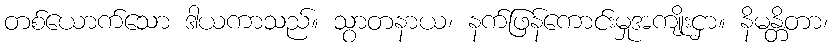
တစ်ယောက်သော ဒါယကာသည်။ သွာတနာယ၊ နက်ဖြန်ကောင်းမှုအကျိုးငှာ။ နိမန္တိတာ၊